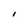
Character: I